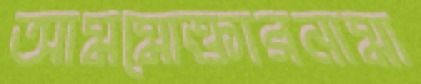
আমমোক্তারনামা